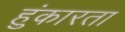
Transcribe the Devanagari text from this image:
हुंकारता